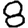
Digit: 8